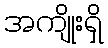
အကျိုးရှိ